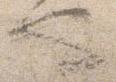
也